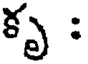
కృ :